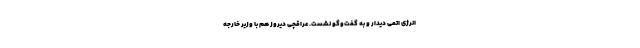
انرژی اتمی دیدار و به گفت‌وگو نشست. عراقچی دیروز هم با وزیر خارجه